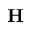
\mathbf { H }